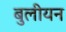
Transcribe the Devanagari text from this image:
बुलीयन